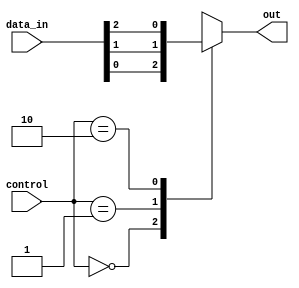
module mux_128to1 (
    input [127:0] data_in,
    input [6:0] control,
    output reg out
);

always @ (*)
begin
    case (control)
        7'b0000000: out = data_in[0];
        7'b0000001: out = data_in[1];
        7'b0000010: out = data_in[2];
        //continue for all 128 cases
        default: out = 1'bx; // default output when control signal is invalid
    endcase
end

endmodule